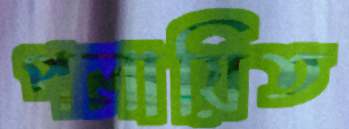
পলায়িত